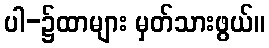
ပါ-၌ထာများ မှတ်သားဖွယ်။